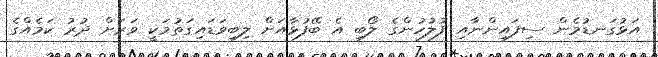
އަޅުގަނޑުމެން ސިފައިންނާއި ފުލުހުންގެ ލޯބި އެ ބޭފުޅާއަށް ލިބިވަޑައިގަތުމަކީ ވަރަށް ދުރު ކަމެއްގެ